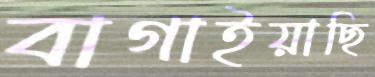
বাগাইয়াছি